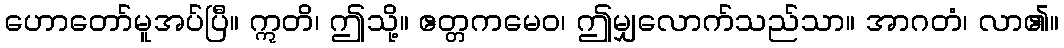
ဟောတော်မူအပ်ပြီ။ ဣတိ၊ ဤသို့။ ဧတ္တကမေဝ၊ ဤမျှလောက်သည်သာ။ အာဂတံ၊ လာ၏။